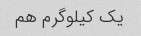
یک کیلوگرم هم